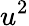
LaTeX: u^{2}